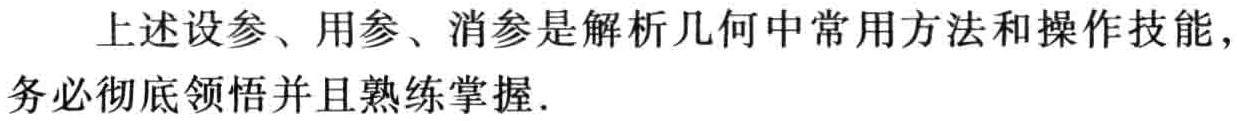
上述设参、用参、消参是解析几何中常用方法和操作技能，务必彻底领悟并且熟练掌握.